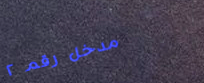
مدخل رقم ٢